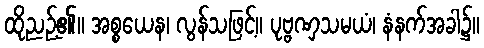
ထိုညဉ့်၏။ အစ္စယေန၊ လွန်သဖြင့်။ ပုဗ္ဗဏှသမယံ၊ နံနက်အခါ၌။